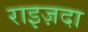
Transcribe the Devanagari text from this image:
राइज़दा